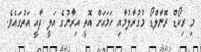
މި ރިކޯޑް ރޮނާލްޑޯ މުގުރާލުމާއި ހަމައަށް އޮތީ އިރާނުގެ އަލީ ދާއީ އަތުގައެވެ.